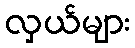
လှယ်များ